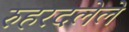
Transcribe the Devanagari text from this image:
रुहरदलेले